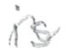
Text: is
Cross-out: wave
Writing tool: pencil